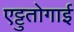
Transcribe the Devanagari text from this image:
एट्टुतोगाई